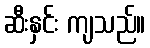
ဆီးနှင်း ကျသည်။